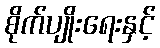
စိုက်ပျိုးရေးနှင့်